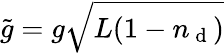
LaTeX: \tilde{g}=g\sqrt{L(1-n_{\mathrm{~d~}})}